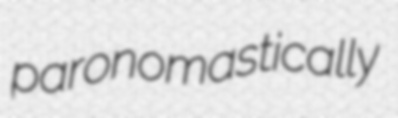
paronomastically